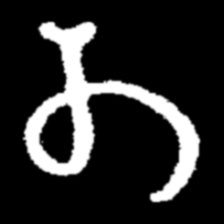
Pyu character \u2014 Myanmar letter: တ (romanized: ta)